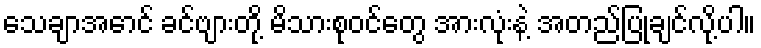
သေချာအောင် ခင်ဗျားတို့ မိသားစုဝင်တွေ အားလုံးနဲ့ အတည်ပြုချင်လို့ပါ။